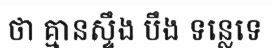
ថា គ្មានស្ទឹង បឹង ទន្លេទេ